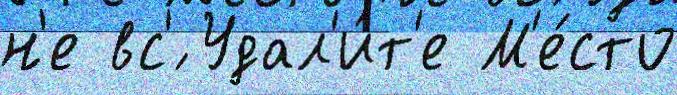
н'е вс'́ Удал'и́т'е М'е́сто